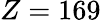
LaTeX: Z=169